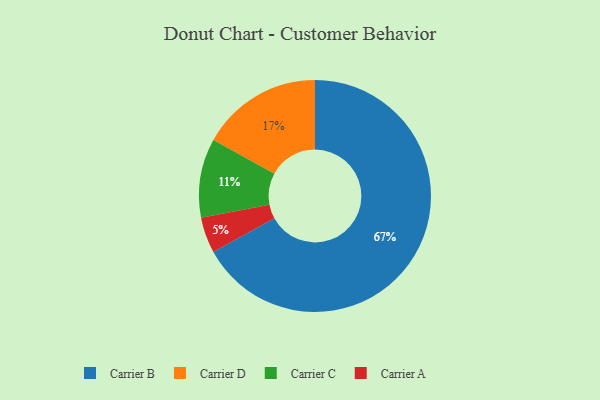
{"axis": {"x": "Category", "y": "Percentage"}, "legend": ["Carrier A", "Carrier B", "Carrier C", "Carrier D"], "data": [{"x": "Carrier A", "y": 5, "type": "Carrier A"}, {"x": "Carrier B", "y": 67, "type": "Carrier B"}, {"x": "Carrier D", "y": 17, "type": "Carrier D"}, {"x": "Carrier C", "y": 11, "type": "Carrier C"}]}